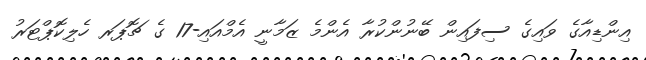
އިންޑިއާގެ ވައިގެ ސިފައިން ބޭނުންކުރާ އެންމެ ޒަމާނީ އެމްއައި-17 ގެ ޗޮޕަރ ހެލިކޮޕްޓަރު